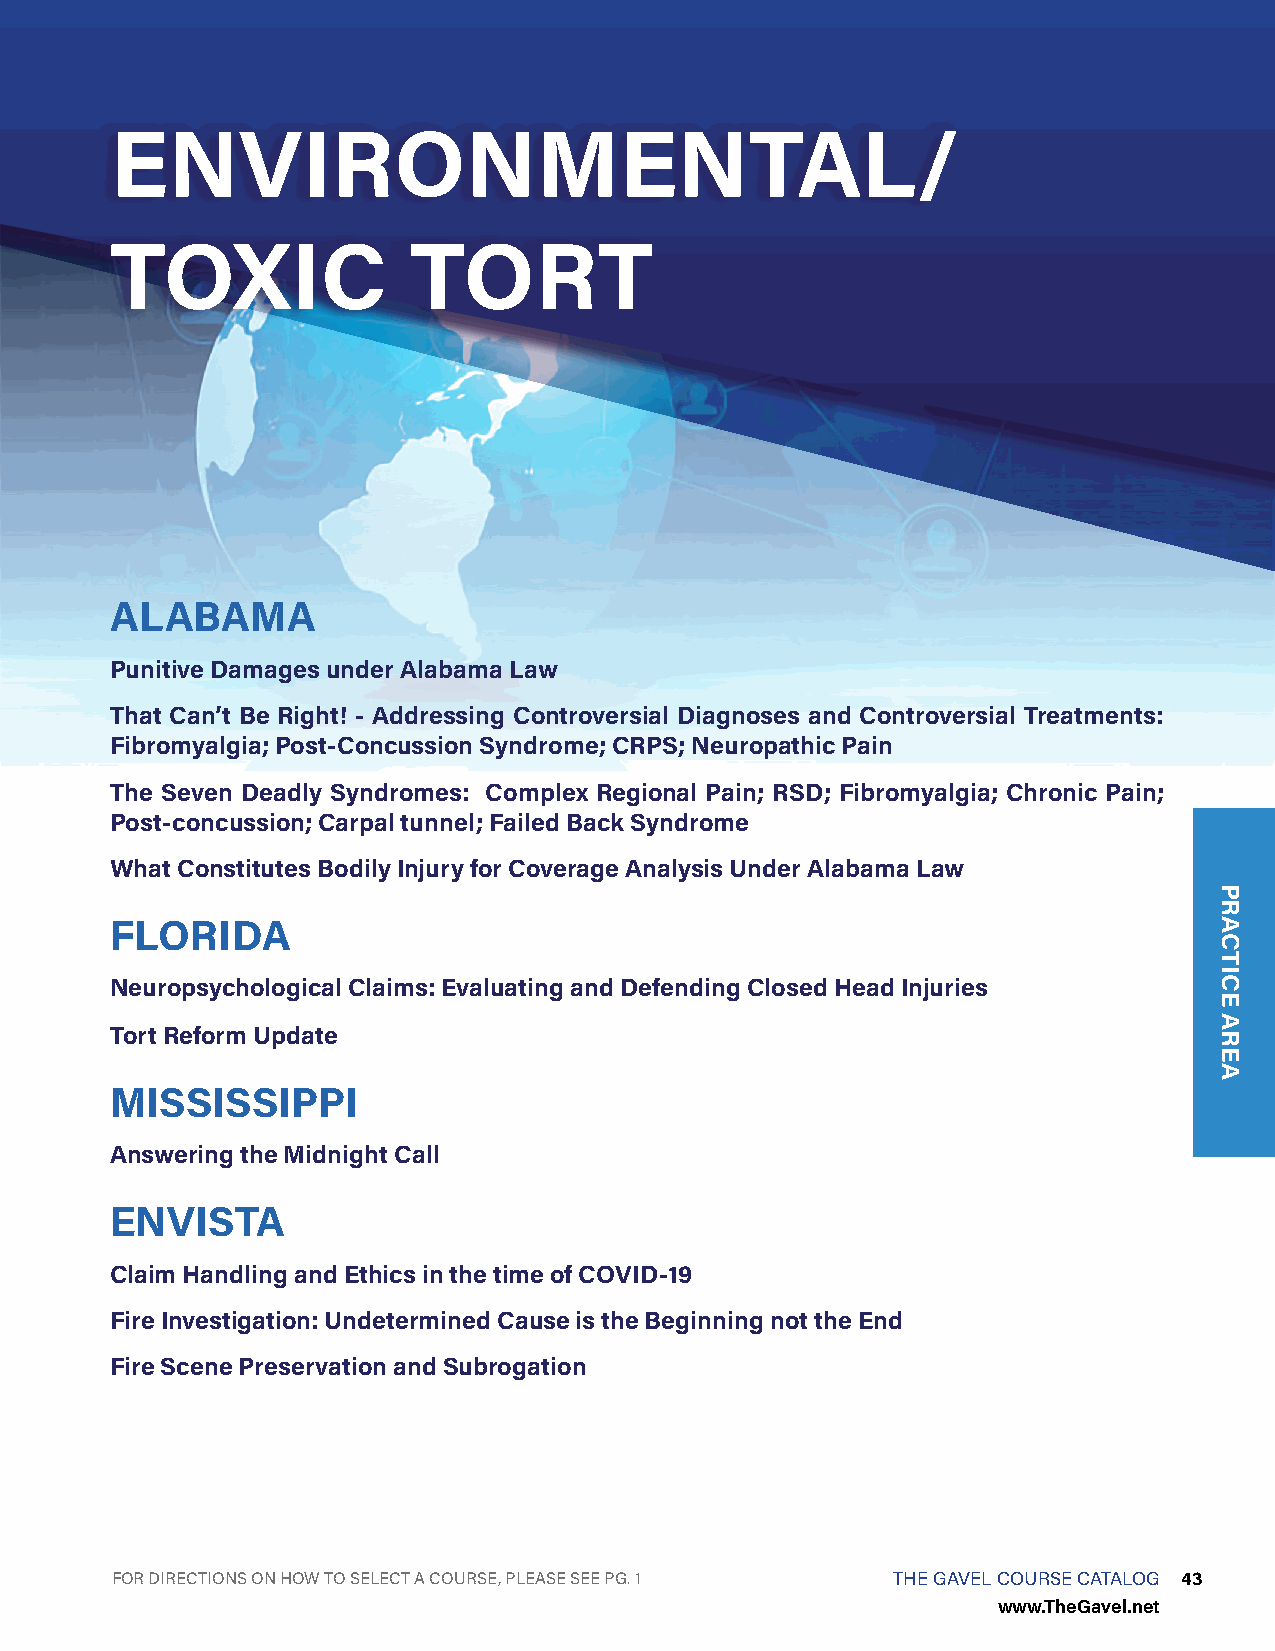
ENVIRONMENTAL/
 TOXIC               TORT
 ALABAMA
 Punitive Damages under Alabama Law
 That Can’t Be Right! - Addressing Controversial Diagnoses and Controversial Treatments:
 Fibromyalgia; Post-Concussion Syndrome; CRPS; Neuropathic Pain
 The Seven Deadly Syndromes: Complex Regional Pain; RSD; Fibromyalgia; Chronic Pain;
 Post-concussion; Carpal tunnel; Failed Back Syndrome
 What Constitutes Bodily Injury for Coverage Analysis Under Alabama Law
 FLORIDA
 Neuropsychological Claims: Evaluating and Defending Closed Head Injuries
 Tort Reform Update
 MISSISSIPPI
 Answering the Midnight Call
 ENVISTA
 Claim Handling and Ethics in the time of COVID-19
 Fire Investigation: Undetermined Cause is the Beginning not the End
 Fire Scene Preservation and Subrogation
 FOR DIRECTIONS ON HOW TO SELECT A COURSE, PLEASE SEE PG. 1 THE GAVEL COURSE CATALOG 43
 www.TheGavel.net
 PRACTICE
 AREA